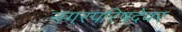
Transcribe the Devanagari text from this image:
नगरपरिषदेवर